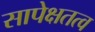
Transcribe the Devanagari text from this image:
सापेक्षतत्व